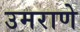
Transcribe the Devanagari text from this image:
उमराणे